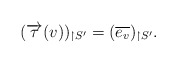
\begin{align*}(\overrightarrow{\tau}(v))_{\restriction S'}=(\overline{e_v})_{\restriction S'}. \end{align*}